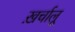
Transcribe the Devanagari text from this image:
ख़र्चालू